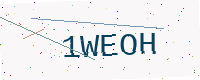
Text: 1WEOH